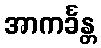
အာကင်္ခန္တ